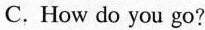
C. How do you go?